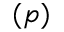
( p )